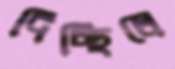
দিচ্ছিলে